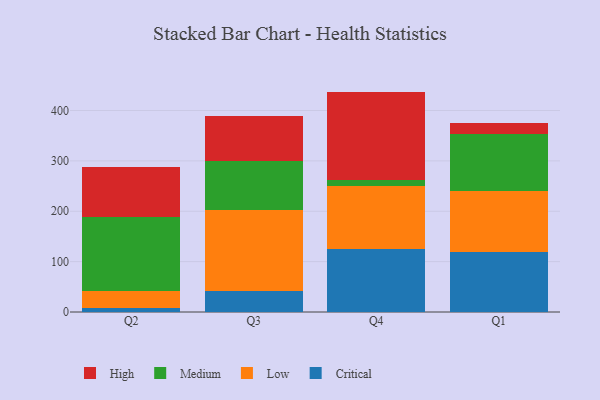
{"axis": {"x": "Quarter", "y": "Production Output"}, "legend": ["Critical", "High", "Low", "Medium"], "data": [{"x": "Q2", "y": 7.2, "type": "Critical"}, {"x": "Q2", "y": 33.7, "type": "Low"}, {"x": "Q2", "y": 148.1, "type": "Medium"}, {"x": "Q2", "y": 98.0, "type": "High"}, {"x": "Q3", "y": 42.6, "type": "Critical"}, {"x": "Q3", "y": 160.5, "type": "Low"}, {"x": "Q3", "y": 96.4, "type": "Medium"}, {"x": "Q3", "y": 89.9, "type": "High"}, {"x": "Q4", "y": 125.3, "type": "Critical"}, {"x": "Q4", "y": 124.3, "type": "Low"}, {"x": "Q4", "y": 12.3, "type": "Medium"}, {"x": "Q4", "y": 175.7, "type": "High"}, {"x": "Q1", "y": 120.0, "type": "Critical"}, {"x": "Q1", "y": 119.7, "type": "Low"}, {"x": "Q1", "y": 114.2, "type": "Medium"}, {"x": "Q1", "y": 21.0, "type": "High"}]}